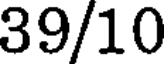
39/10